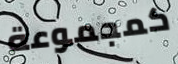
كمجموعة